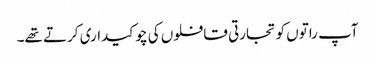
آپ راتوں کو تجارتی قافلوں کی چوکیداری کرتے تھے۔